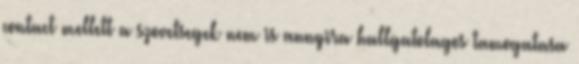
contact mellett a szovetsegek nem is annyira hallgatolagos tamogatasa